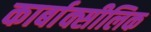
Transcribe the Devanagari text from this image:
कार्बाक्सीलिक